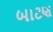
બાટણ